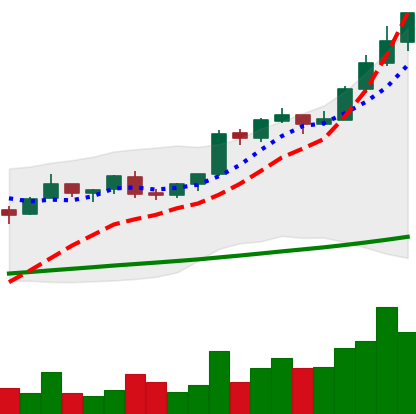
Ticker: BTC-USD
Chart end date: 2017-08-14
Forward return: -3.039%
Label: down_3_5